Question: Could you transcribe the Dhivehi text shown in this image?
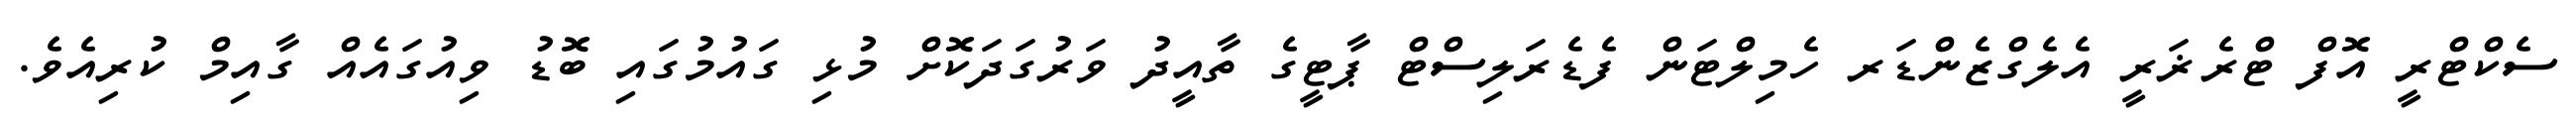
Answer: ސެކްޓްރީ އޮފް ޓްރެޜަރީ އެލެގްޒެންޑަރ ހެމިލްޓަން ފެޑެރަލިސްޓް ޕާޓީގެ ތާއީދު ވަރުގަދަކޮށް މުޅި ގައުމުގައި ބޮޑު ވިއުގައެއް ގާއިމް ކުރިއެވެ.